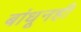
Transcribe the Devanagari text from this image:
बांधूनही